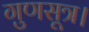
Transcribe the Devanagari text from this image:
गुणसूत्र।